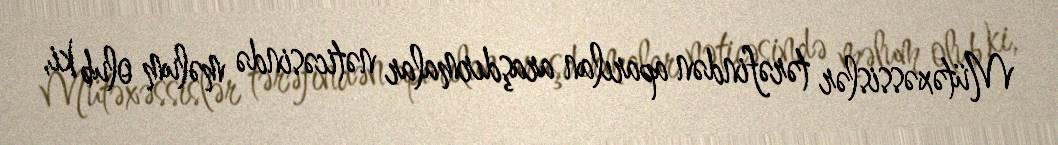
Mütəxəssislər tərəfindən aparılan araşdırmalar nəticəsində məlum olub ki,